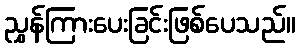
ညွှန်ကြားပေးခြင်းဖြစ်ပေသည်။